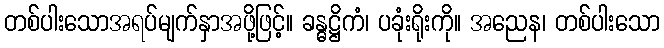
တစ်ပါးသောအရပ်မျက်နှာအဖို့ဖြင့်။ ခန္ဓဋ္ဌိကံ၊ ပခုံးရိုးကို။ အညေန၊ တစ်ပါးသော